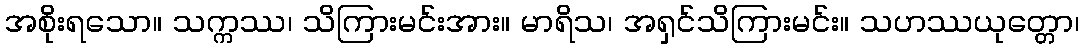
အစိုးရသော။ သက္ကဿ၊ သိကြားမင်းအား။ မာရိသ၊ အရှင်သိကြားမင်း။ သဟဿယုတ္တော၊